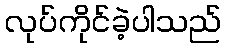
လုပ်ကိုင်ခဲ့ပါသည်